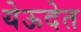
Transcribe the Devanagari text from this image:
येऊदेत